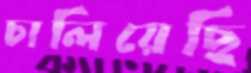
চালিয়েছি